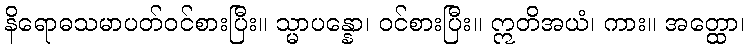
နိရောဓသမာပတ်ဝင်စားပြီး။ သ္မာပန္နော၊ ဝင်စားပြီး။ ဣတိအယံ၊ ကား။ အတ္ထော၊